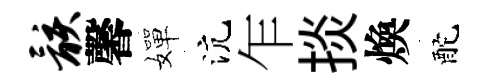
骸馨嬋沆乍掞煥酡